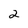
Character: 2